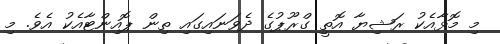
މި މޮޅާއެކު ރަޝިޔާ އޮތީ ގްރޫޕުގެ ދެވަނައިގައި ތިން ޕޮއިންޓާއެކު އެވެ. މި